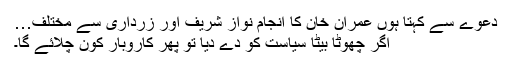
دعوے سے کہتا ہوں عمران خان کا انجام نواز شریف اور زرداری سے مختلف…
اگر چھوٹا بیٹا سیاست کو دے دیا تو پھر کاروبار کون چلائے گا۔